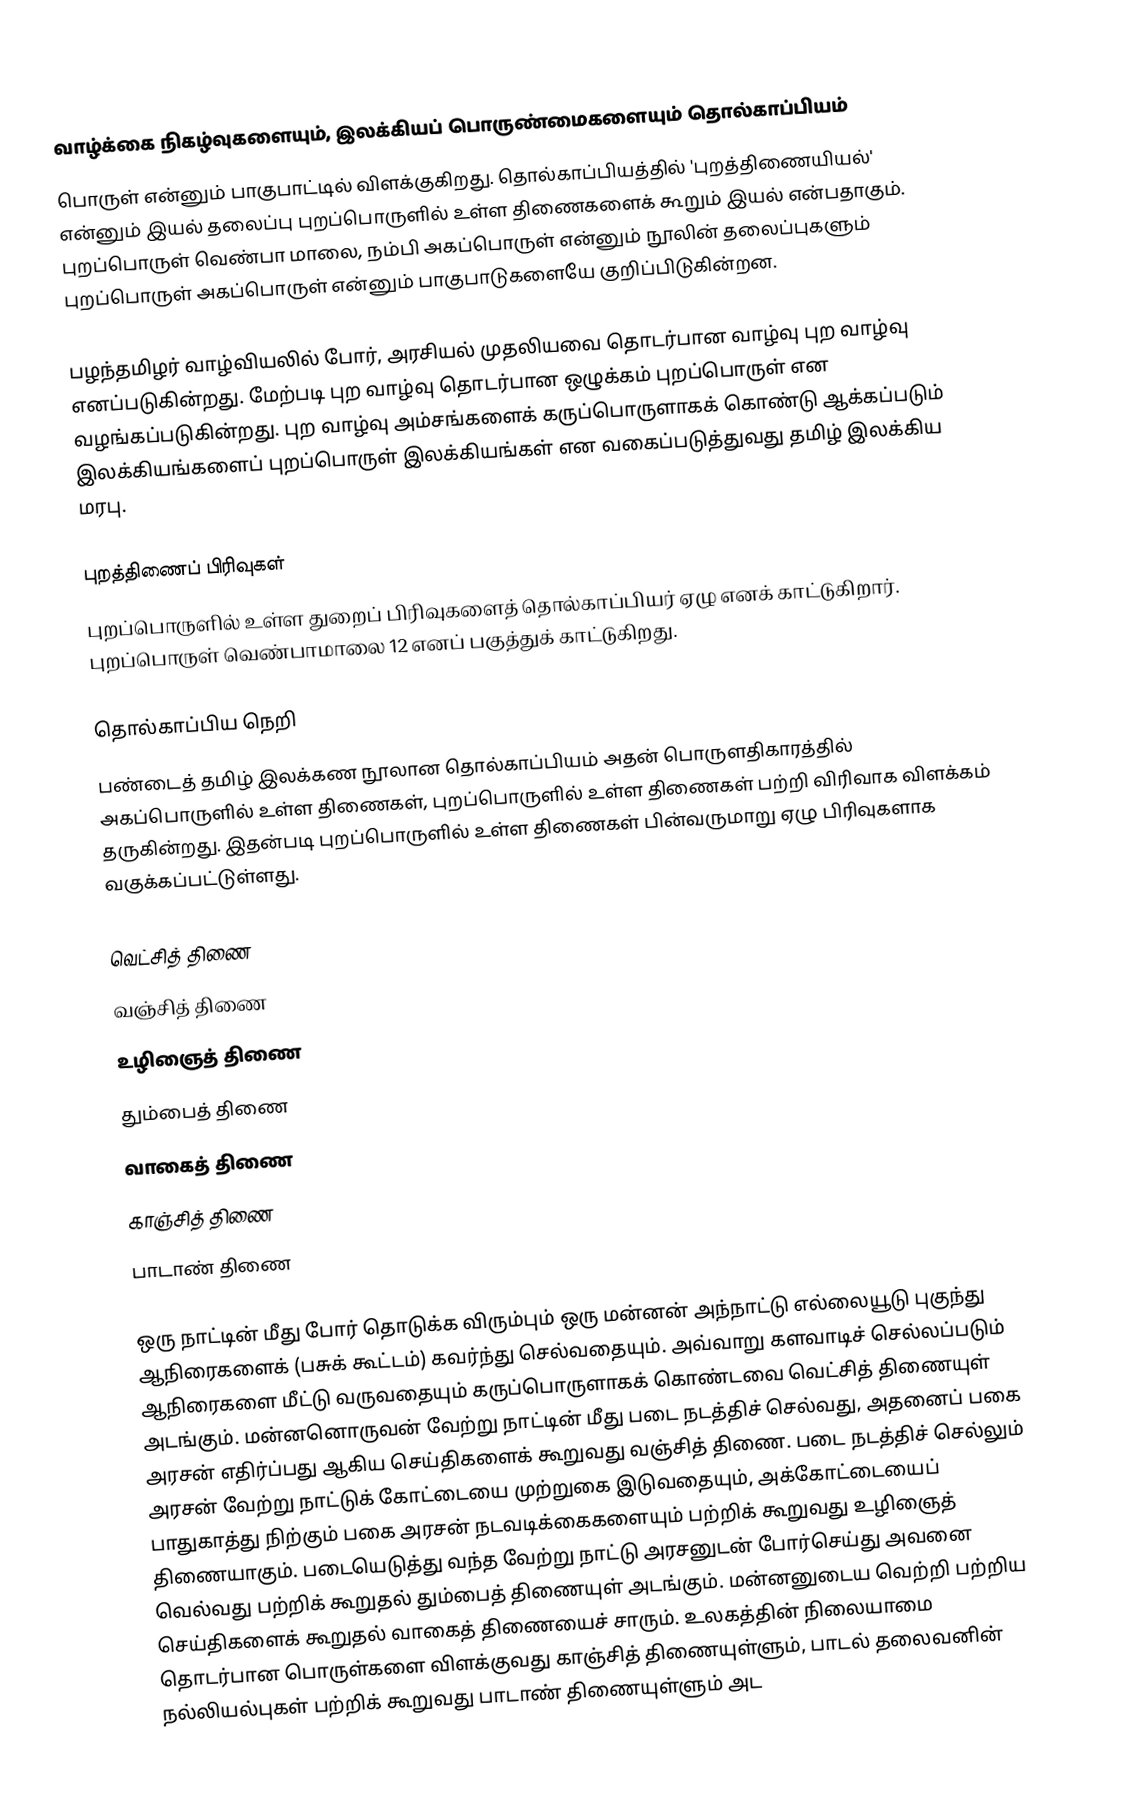
வாழ்க்கை நிகழ்வுகளையும், இலக்கியப் பொருண்மைகளையும் தொல்காப்பியம்
பொருள் என்னும் பாகுபாட்டில் விளக்குகிறது. தொல்காப்பியத்தில் 'புறத்திணையியல்' என்னும் இயல் தலைப்பு புறப்பொருளில் உள்ள திணைகளைக் கூறும் இயல் என்பதாகும். புறப்பொருள் வெண்பா மாலை, நம்பி அகப்பொருள் என்னும் நூலின் தலைப்புகளும் புறப்பொருள் அகப்பொருள் என்னும் பாகுபாடுகளையே குறிப்பிடுகின்றன.

பழந்தமிழர் வாழ்வியலில் போர்,  அரசியல் முதலியவை தொடர்பான வாழ்வு புற வாழ்வு எனப்படுகின்றது. மேற்படி புற வாழ்வு தொடர்பான ஒழுக்கம் புறப்பொருள் என  வழங்கப்படுகின்றது. புற வாழ்வு அம்சங்களைக் கருப்பொருளாகக் கொண்டு ஆக்கப்படும் இலக்கியங்களைப் புறப்பொருள் இலக்கியங்கள் என வகைப்படுத்துவது தமிழ் இலக்கிய மரபு.

புறத்திணைப் பிரிவுகள்
புறப்பொருளில் உள்ள துறைப் பிரிவுகளைத் தொல்காப்பியர் ஏழு எனக் காட்டுகிறார். புறப்பொருள் வெண்பாமாலை 12 எனப் பகுத்துக் காட்டுகிறது.

தொல்காப்பிய நெறி
பண்டைத் தமிழ் இலக்கண நூலான தொல்காப்பியம் அதன் பொருளதிகாரத்தில் அகப்பொருளில் உள்ள திணைகள், புறப்பொருளில் உள்ள திணைகள் பற்றி விரிவாக விளக்கம் தருகின்றது. இதன்படி புறப்பொருளில் உள்ள திணைகள் பின்வருமாறு ஏழு பிரிவுகளாக வகுக்கப்பட்டுள்ளது.

 வெட்சித் திணை
 வஞ்சித் திணை
 உழிஞைத் திணை
 தும்பைத் திணை
 வாகைத் திணை
 காஞ்சித் திணை
 பாடாண் திணை

ஒரு நாட்டின் மீது போர் தொடுக்க விரும்பும் ஒரு மன்னன் அந்நாட்டு எல்லையூடு புகுந்து ஆநிரைகளைக் (பசுக் கூட்டம்) கவர்ந்து செல்வதையும். அவ்வாறு களவாடிச் செல்லப்படும் ஆநிரைகளை மீட்டு வருவதையும் கருப்பொருளாகக் கொண்டவை வெட்சித் திணையுள் அடங்கும். மன்னனொருவன் வேற்று நாட்டின் மீது படை நடத்திச் செல்வது, அதனைப் பகை அரசன் எதிர்ப்பது ஆகிய செய்திகளைக் கூறுவது வஞ்சித் திணை. படை நடத்திச் செல்லும் அரசன் வேற்று நாட்டுக் கோட்டையை முற்றுகை இடுவதையும், அக்கோட்டையைப் பாதுகாத்து நிற்கும் பகை அரசன் நடவடிக்கைகளையும் பற்றிக் கூறுவது உழிஞைத் திணையாகும். படையெடுத்து வந்த வேற்று நாட்டு அரசனுடன் போர்செய்து அவனை வெல்வது பற்றிக் கூறுதல் தும்பைத் திணையுள் அடங்கும். மன்னனுடைய வெற்றி பற்றிய செய்திகளைக் கூறுதல் வாகைத் திணையைச் சாரும். உலகத்தின் நிலையாமை தொடர்பான பொருள்களை விளக்குவது காஞ்சித் திணையுள்ளும், பாடல் தலைவனின் நல்லியல்புகள் பற்றிக் கூறுவது பாடாண் திணையுள்ளும் அட